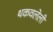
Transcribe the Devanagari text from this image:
थकवलेली